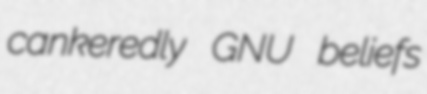
cankeredly GNU beliefs